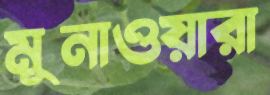
মুনাওয়ারা